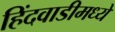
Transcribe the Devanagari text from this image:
हिंदवाडीमध्ये